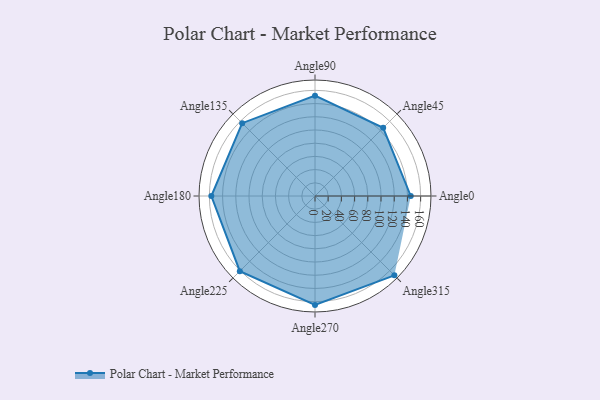
{"axis": {"x": "Angle", "y": "Radius"}, "legend": [""], "data": [{"x": "Angle0", "y": 145.0, "type": ""}, {"x": "Angle45", "y": 146.0, "type": ""}, {"x": "Angle90", "y": 152.0, "type": ""}, {"x": "Angle135", "y": 156.0, "type": ""}, {"x": "Angle180", "y": 157.0, "type": ""}, {"x": "Angle225", "y": 161.0, "type": ""}, {"x": "Angle270", "y": 165.0, "type": ""}, {"x": "Angle315", "y": 170, "type": ""}]}